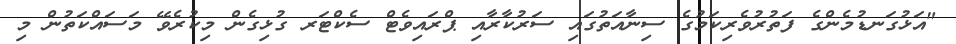
"އަޅުގަނޑުމެންގެ ފަތުރުވެރިކަމުގެ ސިނާއަތުގައި ސަރުކާރާއި ޕްރައިވެޓް ސެކްޓަރ ގުޅިގެން މިކުރެވޭ މަސައްކަތުން މި